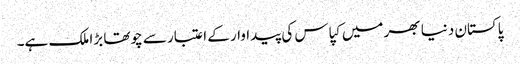
پاکستان دنیا بھر میں کپاس کی پیداوار کے اعتبار سے چوتھا بڑا ملک ہے۔